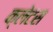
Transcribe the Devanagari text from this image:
क्लेटस